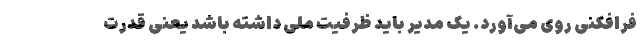
فرافکنی روی می‌آورد. یک مدیر باید ظرفیت ملی داشته باشد یعنی قدرت